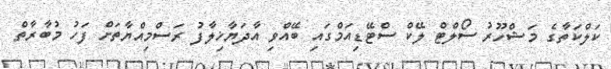
ކަލްކަތާގެ މަޝްހޫރު ސޯލްޓް ލޭކް ސްޓޭޑިއަމްގައި ބޭއްވި އާދަޔާޚިލާފު ރަސްމިއްޔާތަށް ފަހު މުބާރާތް